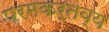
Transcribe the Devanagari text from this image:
परमकर्तव्य